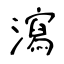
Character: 瀉